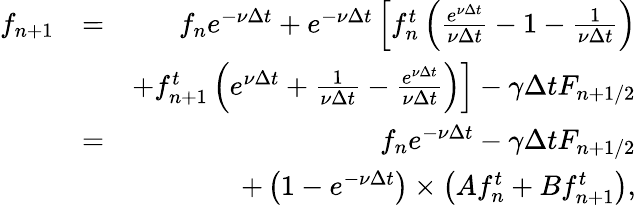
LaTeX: \begin{array}{rlr}{f_{n+1}}&{=}&{f_{n}e^{-\nu\Delta t}+e^{-\nu\Delta t}\left[f_{n}^{t}\left(\frac{e^{\nu\Delta t}}{\nu\Delta t}-1-\frac{1}{\nu\Delta t}\right)\right.}\\ &{}&{\left.+f_{n+1}^{t}\left(e^{\nu\Delta t}+\frac{1}{\nu\Delta t}-\frac{e^{\nu\Delta t}}{\nu\Delta t}\right)\right]-\gamma\Delta tF_{n+1/2}}\\ &{=}&{f_{n}e^{-\nu\Delta t}-\gamma\Delta tF_{n+1/2}}\\ &{}&{+\left(1-e^{-\nu\Delta t}\right)\times\left(Af_{n}^{t}+Bf_{n+1}^{t}\right),}\end{array}